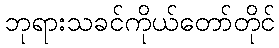
ဘုရားသခင်ကိုယ်တော်တိုင်